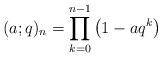
LaTeX: \begin{align*}(a;q)_{n}=\prod_{k=0}^{n-1}\left(1-aq^{k}\right)\end{align*}